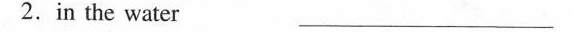
2.in the water ___